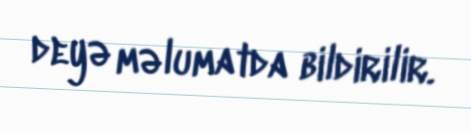
deyə məlumatda bildirilir.